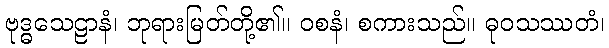
ဗုဒ္ဓသေဠာနံ၊ ဘုရားမြတ်တို့၏။ ဝစနံ၊ စကားသည်။ ဓုဝသဿတံ၊